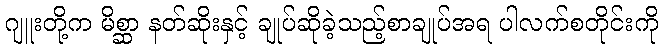
ဂျူးတို့က မိစ္ဆာ နတ်ဆိုးနှင့် ချုပ်ဆိုခဲ့သည့်စာချုပ်အရ ပါလက်စတိုင်းကို